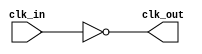
module InvertingClockBuffer (
    input wire clk_in,     // Input clock signal
    output wire clk_out    // Inverted clock signal output
);

    // Invert the input clock signal
    assign clk_out = ~clk_in; // Output is the inverted input clock

endmodule